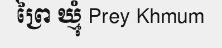
ព្រៃ ឃ្មុំ Prey Khmum